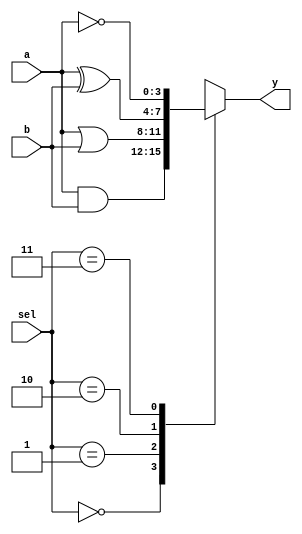
module combinational_logic (
    input  wire [3:0] a,    // 4-bit input a
    input  wire [3:0] b,    // 4-bit input b
    input  wire [1:0] sel,   // 2-bit select input
    output reg  [3:0] y      // 4-bit output y
);

always @(*) begin
    case (sel)
        2'b00: y = a & b;      // AND operation
        2'b01: y = a | b;      // OR operation
        2'b10: y = a ^ b;      // XOR operation
        2'b11: y = ~a;         // NOT operation on a
        default: y = 4'b0000;  // Default case
    endcase
end

endmodule